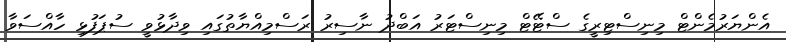
އެންޔަރުމެންޓް މިނިސްޓިރީގެ ސްޓޭޓް މިނިސްޓަރު އަބްދު ނާސިރު ރަސްމިއްޔާތުގައި ވިދާޅުވީ ސުޕަފުޅި ހާއްސަވާ